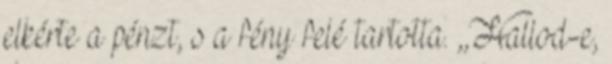
elkérte a pénzt, s a fény felé tartotta. ,,Hallod-e,